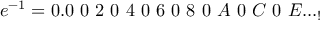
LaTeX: e ^ { - 1 } = 0 . 0 \ 0 \ 2 \ 0 \ 4 \ 0 \ 6 \ 0 \ 8 \ 0 \ A \ 0 \ C \ 0 \ E . . . _ { ! }